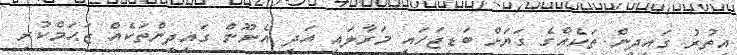
އިތުރު ގައިދީން ތަކެއްގެ ގަޔަށް ބަޑިޖަހައި މަރާލައި އަދި އެނޫން ގައިދީންތަކެއް ޒަޙަމްކުރި